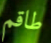
طاقم